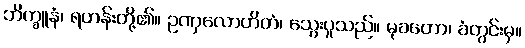
ဘိက္ခူနံ၊ ရဟန်းတို့၏။ ဥဏှလောဟိတံ၊ သွေးပူသည်။ မုခတော၊ ခံတွင်းမှ။